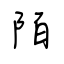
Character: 陌